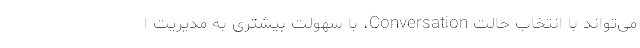
می‌تواند با انتخاب حالت Conversation، با سهولت بیشتری به مدیریت ا